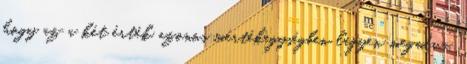
hogy az a két érték azonos mértékegységben legyen megadva.